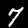
Digit: 7